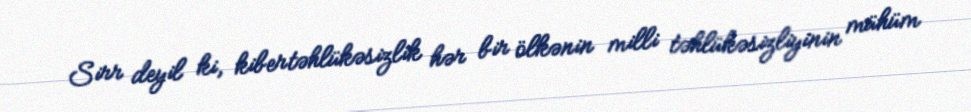
Sirr deyil ki, kibertəhlükəsizlik hər bir ölkənin milli təhlükəsizliyinin mühüm